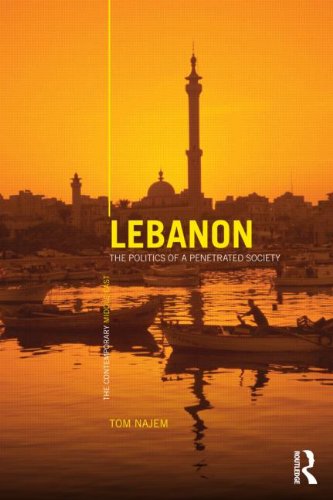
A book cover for Lebanon: The Politics of a Penetrated Society (The Contemporary Middle East); Tom Najem; History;